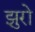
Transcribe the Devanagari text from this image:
झुरो